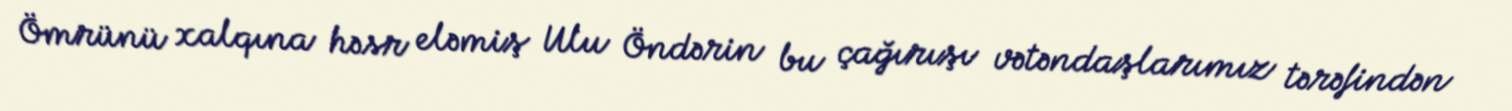
Ömrünü xalqına həsr eləmiş Ulu Öndərin bu çağırışı vətəndaşlarımız tərəfindən